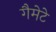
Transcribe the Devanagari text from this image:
गैमेटे